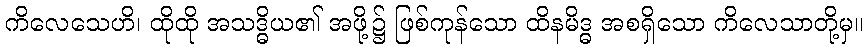
ကိလေသေဟိ၊ ထိုထို အသဒ္ဓိယ၏ အဖို့၌ ဖြစ်ကုန်သော ထိနမိဒ္ဓ အစရှိသော ကိလေသာတို့မှ။